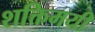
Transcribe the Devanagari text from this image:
शक्तिमयी